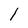
Character: l